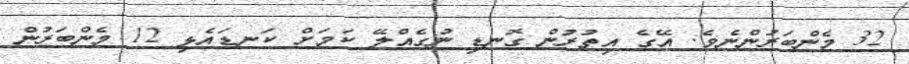
32 މެންބަރުންނެވެ. އޭގެ އިތުރުން ގޮނޑި ނުގެއްލޭ ކަމަށް ކަނޑައެޅި 12 މެންބަރުން